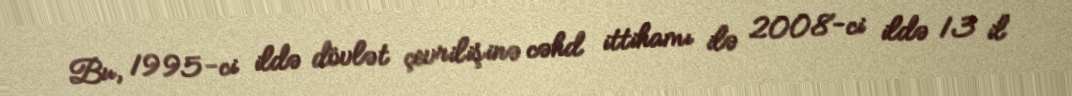
Bu, 1995-ci ildə dövlət çevrilişinə cəhd ittihamı ilə 2008-ci ildə 13 il